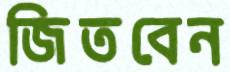
জিতবেন